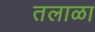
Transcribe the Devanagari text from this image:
तलाळा